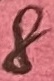
Text: 8